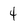
Character: 4